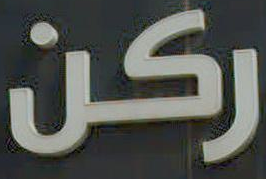
ركن